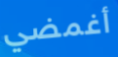
أغمضي